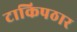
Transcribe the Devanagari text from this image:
टाकिपठार